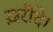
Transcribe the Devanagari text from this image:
ख़रीदे।